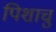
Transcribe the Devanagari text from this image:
पिशाचु